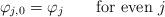
LaTeX: \begin{align*}\varphi_{j,0}=\varphi_{j}\qquad\mbox{for even $j$}\end{align*}